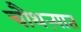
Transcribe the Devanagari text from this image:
चौथऱ्यात